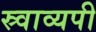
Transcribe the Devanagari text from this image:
स्र्वाव्यपी